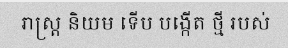
រាស្ត្រ និយម ទើប បង្កើត ថ្មី របស់